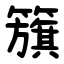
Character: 籏